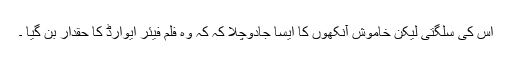
اس کی سلگتی لیکن خاموش آنکھوں کا ایسا جادوچلا کہ کہ وہ فلم فیئر ایوارڈ کا حقدار بن گیا ۔